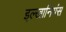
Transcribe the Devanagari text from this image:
इल्खानियंस